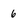
Character: 6